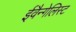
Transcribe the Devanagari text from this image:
ईवैन्गेलिस्ट